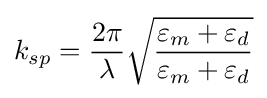
k_{sp}={\frac {2\pi }{\lambda }}{\sqrt {\frac {\varepsilon _{m}+\varepsilon _{d}}{\varepsilon _{m}+\varepsilon _{d}}}}